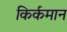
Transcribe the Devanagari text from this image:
किर्कमान